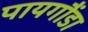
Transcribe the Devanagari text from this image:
पायगौंडा